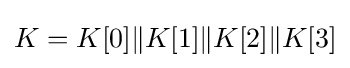
K=K[0]\|K[1]\|K[2]\|K[3]